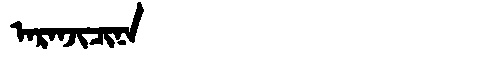
Manchu: ᠠᡵᠠᠨᠵᡳᠴᡳᠨᠠ
Romanization: ARANJICINA